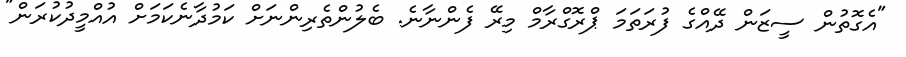
"އެގޮތުން ސީޒަން ދޭއްގެ ފުރަތަމަ ޕްރޮގްރާމް މިރޭ ފެންނާނެ. ބެލުންތެރިންނަށް ކަމުދާނެކަމަށް އުއްމީދުކުރަން"